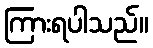
ကြားရပါသည်။